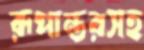
রূপান্তরসহ